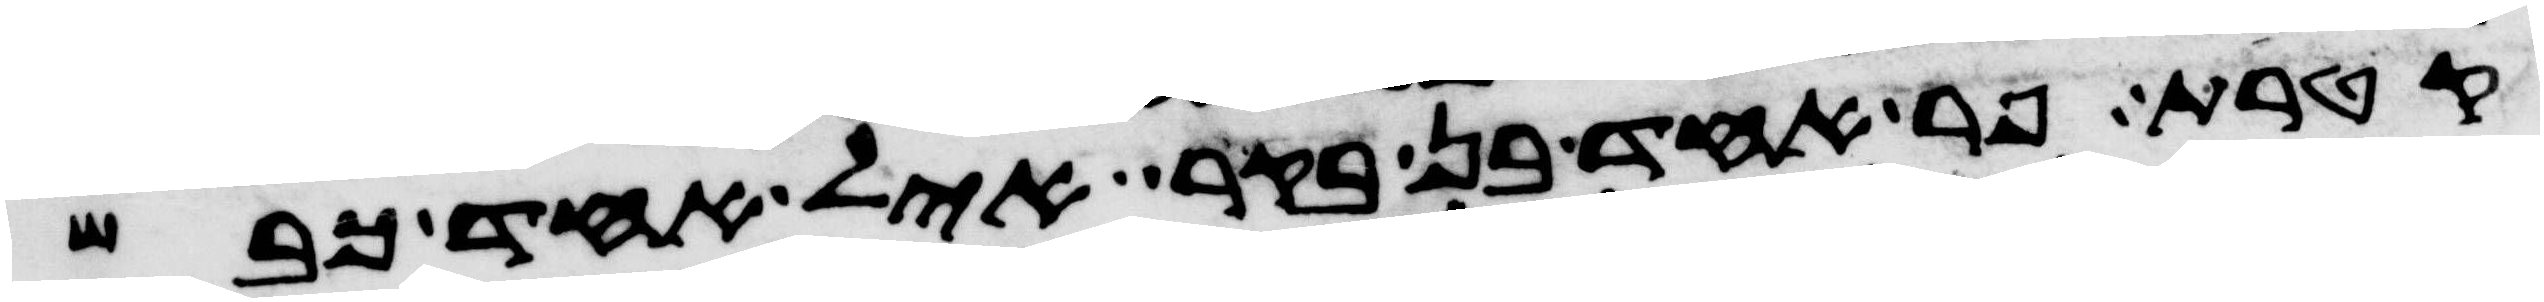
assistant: קטרת פר אחד בן בקר איל אחד כבש